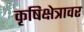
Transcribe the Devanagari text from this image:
कृषिक्षेत्रावर